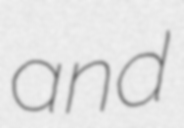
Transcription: and